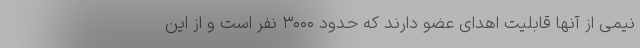
نیمی از آنها قابلیت اهدای عضو دارند که حدود ۳۰۰۰ نفر است و از این